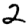
Digit: 2